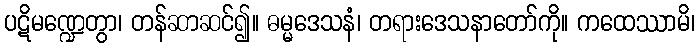
ပဋိမဏ္ဍေတွာ၊ တန်ဆာဆင်၍။ ဓမ္မဒေသနံ၊ တရားဒေသနာတော်ကို။ ကထေဿာမိ၊